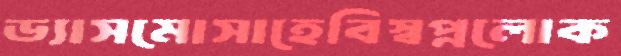
ড্যাসমোসাহেবিস্বপ্নলোক